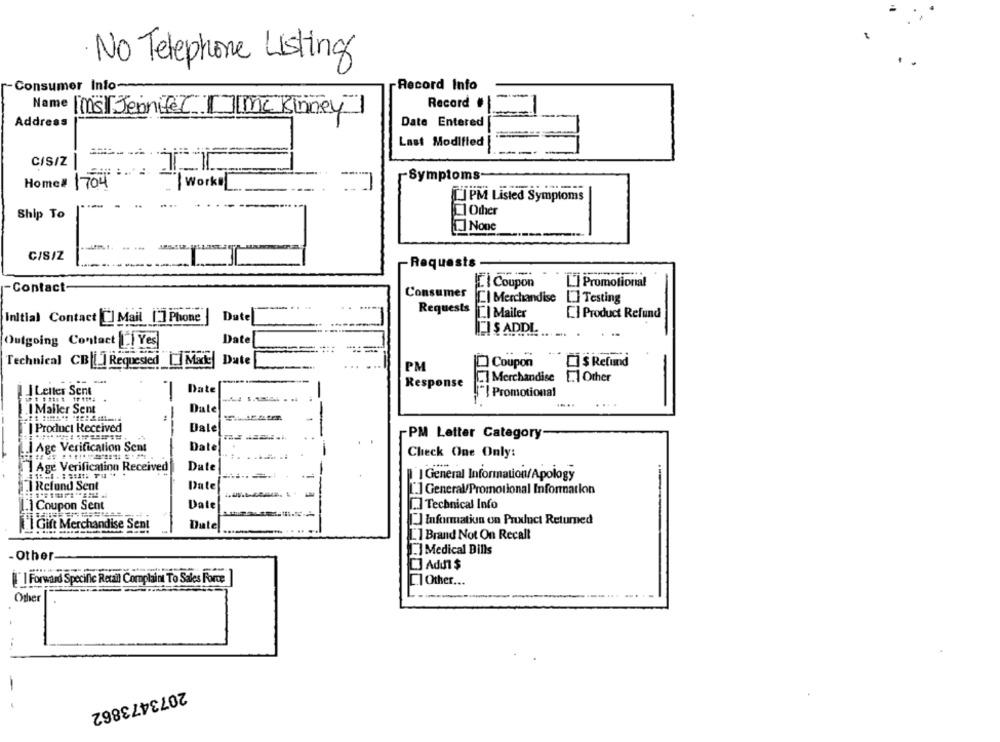
No Telephone Listing
Consumer Into
Record Info
Record
Name [s][Jennifer [][mckinney]
Address
Date Entered
Last Modified
CIS/Z
-Symptoms-
Home#
1704
PM Listed Symptoms
Ship To
Other
C/S/Z
Requests
Contact-
ICI Coupon
L'] Promotional
Consumer
ICI Merchandise
Testing
...
Requests
Initial Contact [] Mail ['] Phone
Date
LI Mailer
[] Product Refund
ITIS ADDL
Outgoing Contact | Yes
Date
Technical CB|[ ] Requested || Made
Date
Coupon
$ Refund
PM
[] Merchandise
1.1 Other
Response
I Letter Sent
Date
"] Promotional
----..
Date
I Mailer Sent
Product Received
Dale
-PM Letter Category
LI Age Verification Semt
Date
Check One Only:
Age Verification Received
Date
| General Information/Apology
.1 Rcfond Sent
Date
1 General/Promotional Information
Date
Technical Info
L.1 Coupon Sent
Il Gift Merchandise Sen!
Date
[] Information on Prixduct Returned
L'1 Brand Not On Recall
Other
Medical Bills
[] Adı $
[ ] Forward Specific Real Complaint To Sales Force ]
.1 Other ...
Othe
2073473862